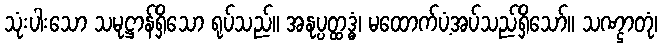
သုံးပါးသော သမုဋ္ဌာန်ရှိသော ရုပ်သည်။ အနုပ္ပတ္ထဒ္ဓံ၊ မထောက်ပံ့အပ်သည်ရှိသော်။ သဏ္ဌာတုံ၊